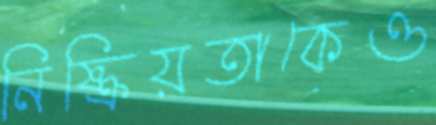
নিষ্ক্রিয়তাকেও